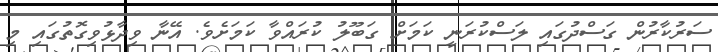
ސަރުކާރުން ގަސްދުގައި ލަސްކުރަނީ ކަމަށް ގަބޫލު ކުރައްވާ ކަމަށެވެ. އޭނާ ވިދާޅުވިގޮތުގައި މި